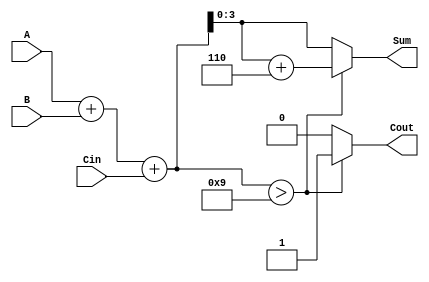
module BCD_Parallel_Adder (
    input  wire [3:0] A,      // First BCD digit
    input  wire [3:0] B,      // Second BCD digit
    input  wire Cin,          // Carry input
    output reg  [3:0] Sum,    // BCD sum output
    output reg  Cout          // Carry output
);

    wire [4:0] RawSum;        // 5-bit raw sum to accommodate carry
    wire Correction;          // Correction needed flag

    // Calculate the raw sum of A, B, and Cin
    assign RawSum = A + B + Cin;

    // Determine if correction is needed
    assign Correction = (RawSum > 4'd9); // Correction needed if RawSum > 9

    always @(*) begin
        if (Correction) begin
            Sum = RawSum[3:0] + 4'd6; // Apply correction
            Cout = 1'b1;              // Set carry out
        end else begin
            Sum = RawSum[3:0];        // No correction needed
            Cout = 1'b0;              // No carry out
        end
    end

endmodule